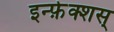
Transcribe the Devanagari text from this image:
इन्फ़ेक्शस्